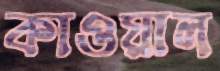
কাওয়াল